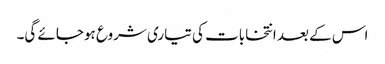
اس کے بعد انتخابات کی تیاری شروع ہوجائے گی۔